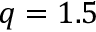
q = 1 . 5